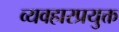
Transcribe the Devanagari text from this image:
व्यवहारप्रयुक्त